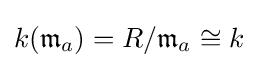
k({\mathfrak {m}}_{a})=R/{\mathfrak {m}}_{a}\cong k